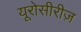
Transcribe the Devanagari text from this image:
यूरोसीरीज़